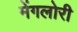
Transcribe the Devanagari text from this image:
मेंगलोरी